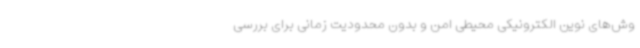
وش‌های نوین الکترونیکی محیطی امن و بدون محدودیت زمانی برای بررسی